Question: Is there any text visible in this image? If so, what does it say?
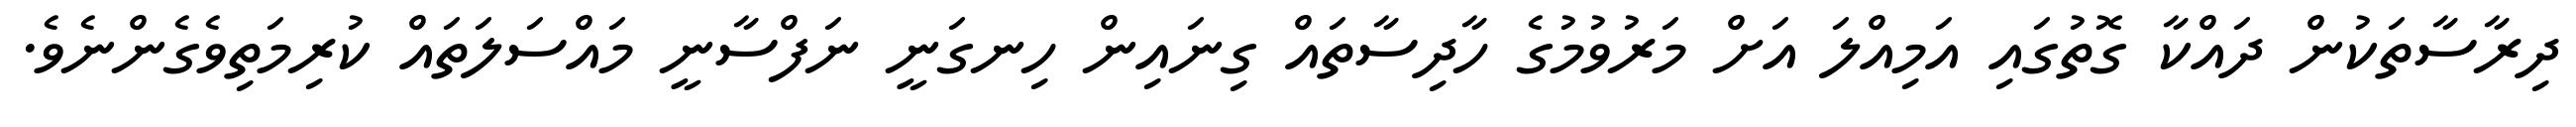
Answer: ދިރާސާތަކުން ދައްކާ ގޮތުގައި އަމިއްލަ އަށް މަރުވުމުގެ ހާދިސާތައް ގިނައިން ހިނގަނީ ނަފްސާނީ މައްސަލަތައް ކުރިމަތިވެގެންނެވެ.